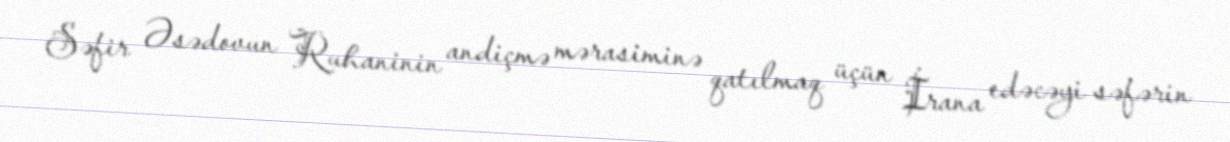
Səfir Əsədovun Ruhaninin andiçmə mərasiminə qatılmaq üçün İrana edəcəyi səfərin